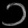
Digit: ၁